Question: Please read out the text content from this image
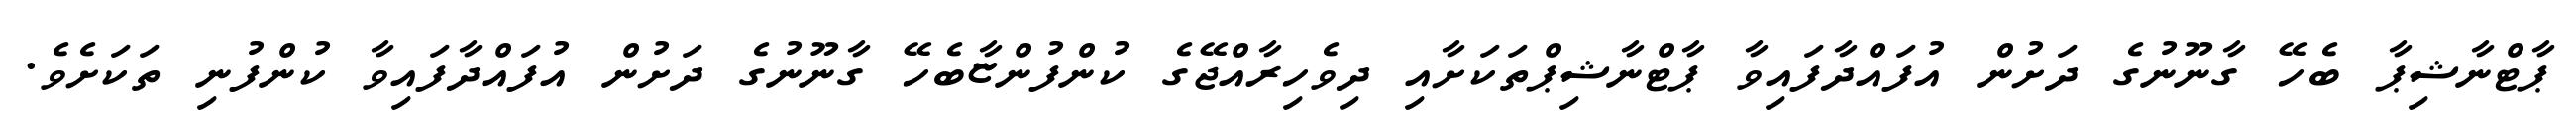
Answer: ޕާޓްނާޝިޕާ ބެހޭ ގާނޫނުގެ ދަށުން އުފައްދާފައިވާ ޕާޓްނާޝިޕްތަކަށާއި ދިވެހިރާއްޖޭގެ ކުންފުންޏާބެހޭ ގާނޫނުގެ ދަށުން އުފައްދާފައިވާ ކުންފުނި ތަކަށެވެ.